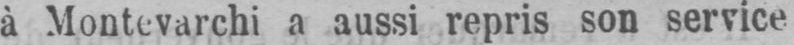
a aussi repris son service